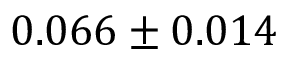
0 . 0 6 6 \pm 0 . 0 1 4